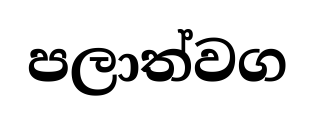
පලාත්වග